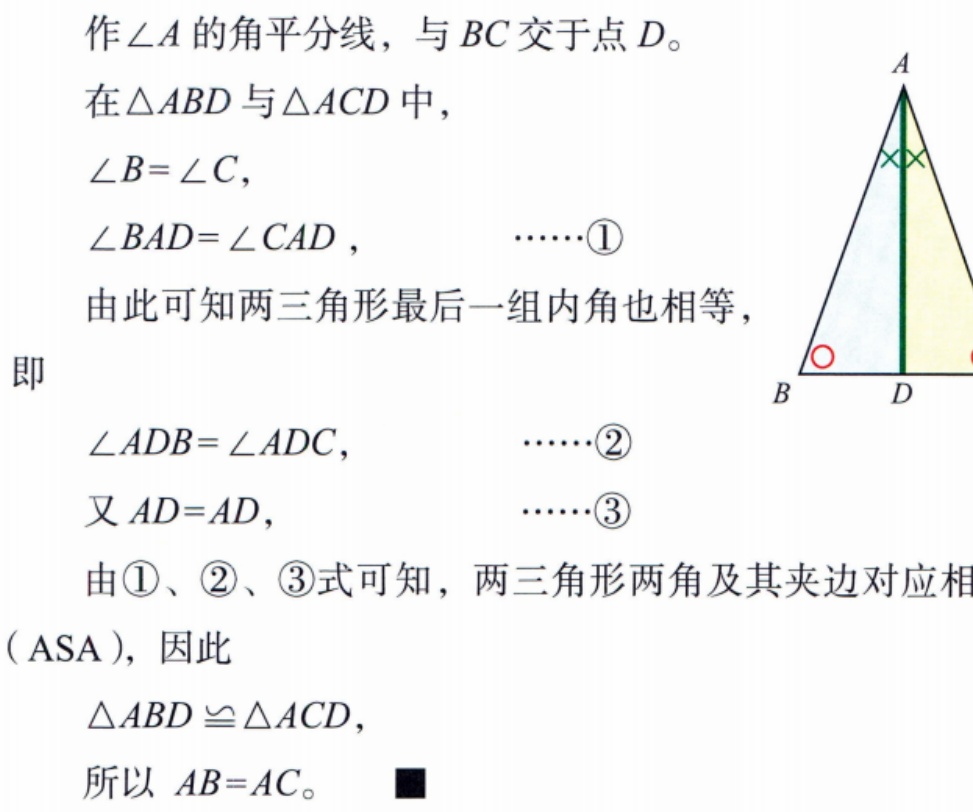
作\(\angle A\)的角平分线，与\(BC\)交于点\(D\)。

在\(\triangle ABD\)与\(\triangle ACD\)中，

\(\angle B = \angle C\)，

\(\angle BAD=\angle CAD\)，  \(\cdots\cdots\)\textcircled{1}

由此可知两三角形最后一组内角也相等，

即

\(\angle ADB = \angle ADC\)，  \(\cdots\cdots\)\textcircled{2}

又\(AD = AD\)，  \(\cdots\cdots\)\textcircled{3}

由\textcircled{1}、\textcircled{2}、\textcircled{3}式可知，两三角形两角及其夹边对应相（ASA），因此

\(\triangle ABD\cong\triangle ACD\)，

所以 \(AB = AC\)。  \(\blacksquare\)